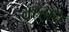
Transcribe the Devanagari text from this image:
तर्‍हाच